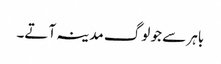
باہر سے جو لوگ مدینہ آتے۔